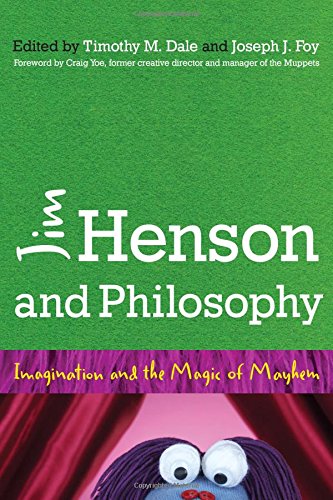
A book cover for Jim Henson and Philosophy: Imagination and the Magic of Mayhem; Crafts, Hobbies & Home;